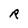
Character: R